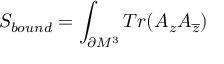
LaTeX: S _ { b o u n d } = \int _ { \partial M ^ { 3 } } T r ( A _ { z } A _ { \overline { { { z } } } } )